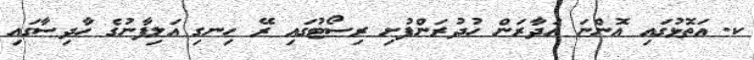
ކ. އަތޮޅުގައި އޮންނަ އަދާރަން ހުދުރަންފުށި ރިސޯޓުގައި ރޭ ހިނގި އަލިފާނުގެ ހާދިސާގައި